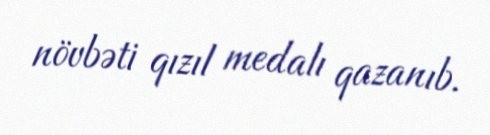
növbəti qızıl medalı qazanıb.